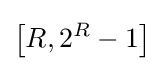
\left[R,2^{R}-1\right]